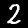
Label: 2